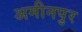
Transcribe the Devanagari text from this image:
अमीनपुर